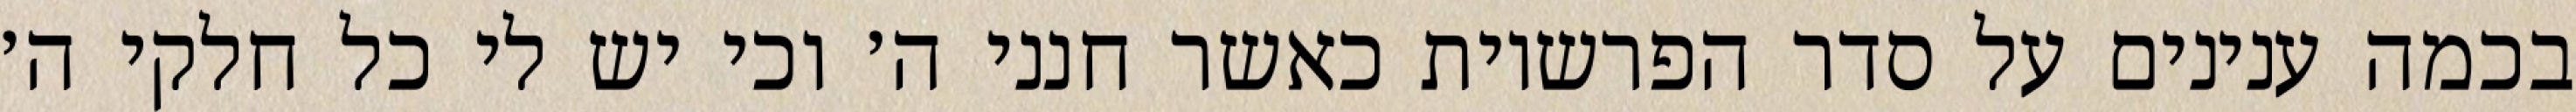
בכמה ענינים על סדר הפרשיות כאשר חנני ה׳ וכי יש לי כל חלקי ה׳